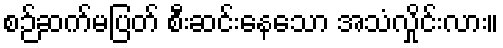
စဉ်ဆက်မပြတ် စီးဆင်းနေသော အသံလှိုင်းလား။